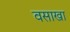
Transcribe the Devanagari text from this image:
वसाखा